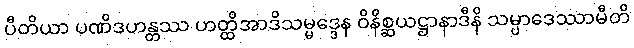
ပီတိယာ ပဏိဒဟန္တဿ ဟတ္ထိအာဒိသမ္မဒ္ဒေန ဝိနိစ္ဆယဋ္ဌာနာဒီနိ သမ္ပာဒေဿာမီတိ